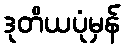
ဒုတိယပုံမှန်